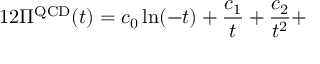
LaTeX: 1 2 \Pi ^ { \mathrm { Q C D } } ( t ) = c _ { 0 } \ln ( - t ) + \frac { c _ { 1 } } { t } + \frac { c _ { 2 } } { t ^ { 2 } } +